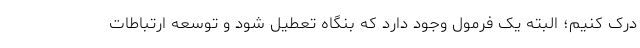
درک کنیم؛ البته یک فرمول وجود دارد که بنگاه تعطیل شود و توسعه ارتباطات